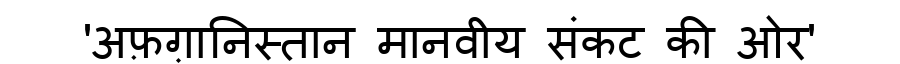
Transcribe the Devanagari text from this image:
'अफ़ग़ानिस्तान मानवीय संकट की ओर'